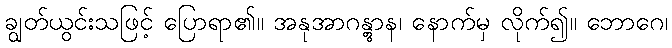
ချွတ်ယွင်းသဖြင့် ပြောရာ၏။ အနုအာဂန္တွာန၊ နောက်မှ လိုက်၍။ ဘောဂေ၊